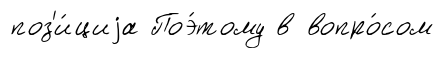
поз'и́циjа Поэ́тому в вопро́сом